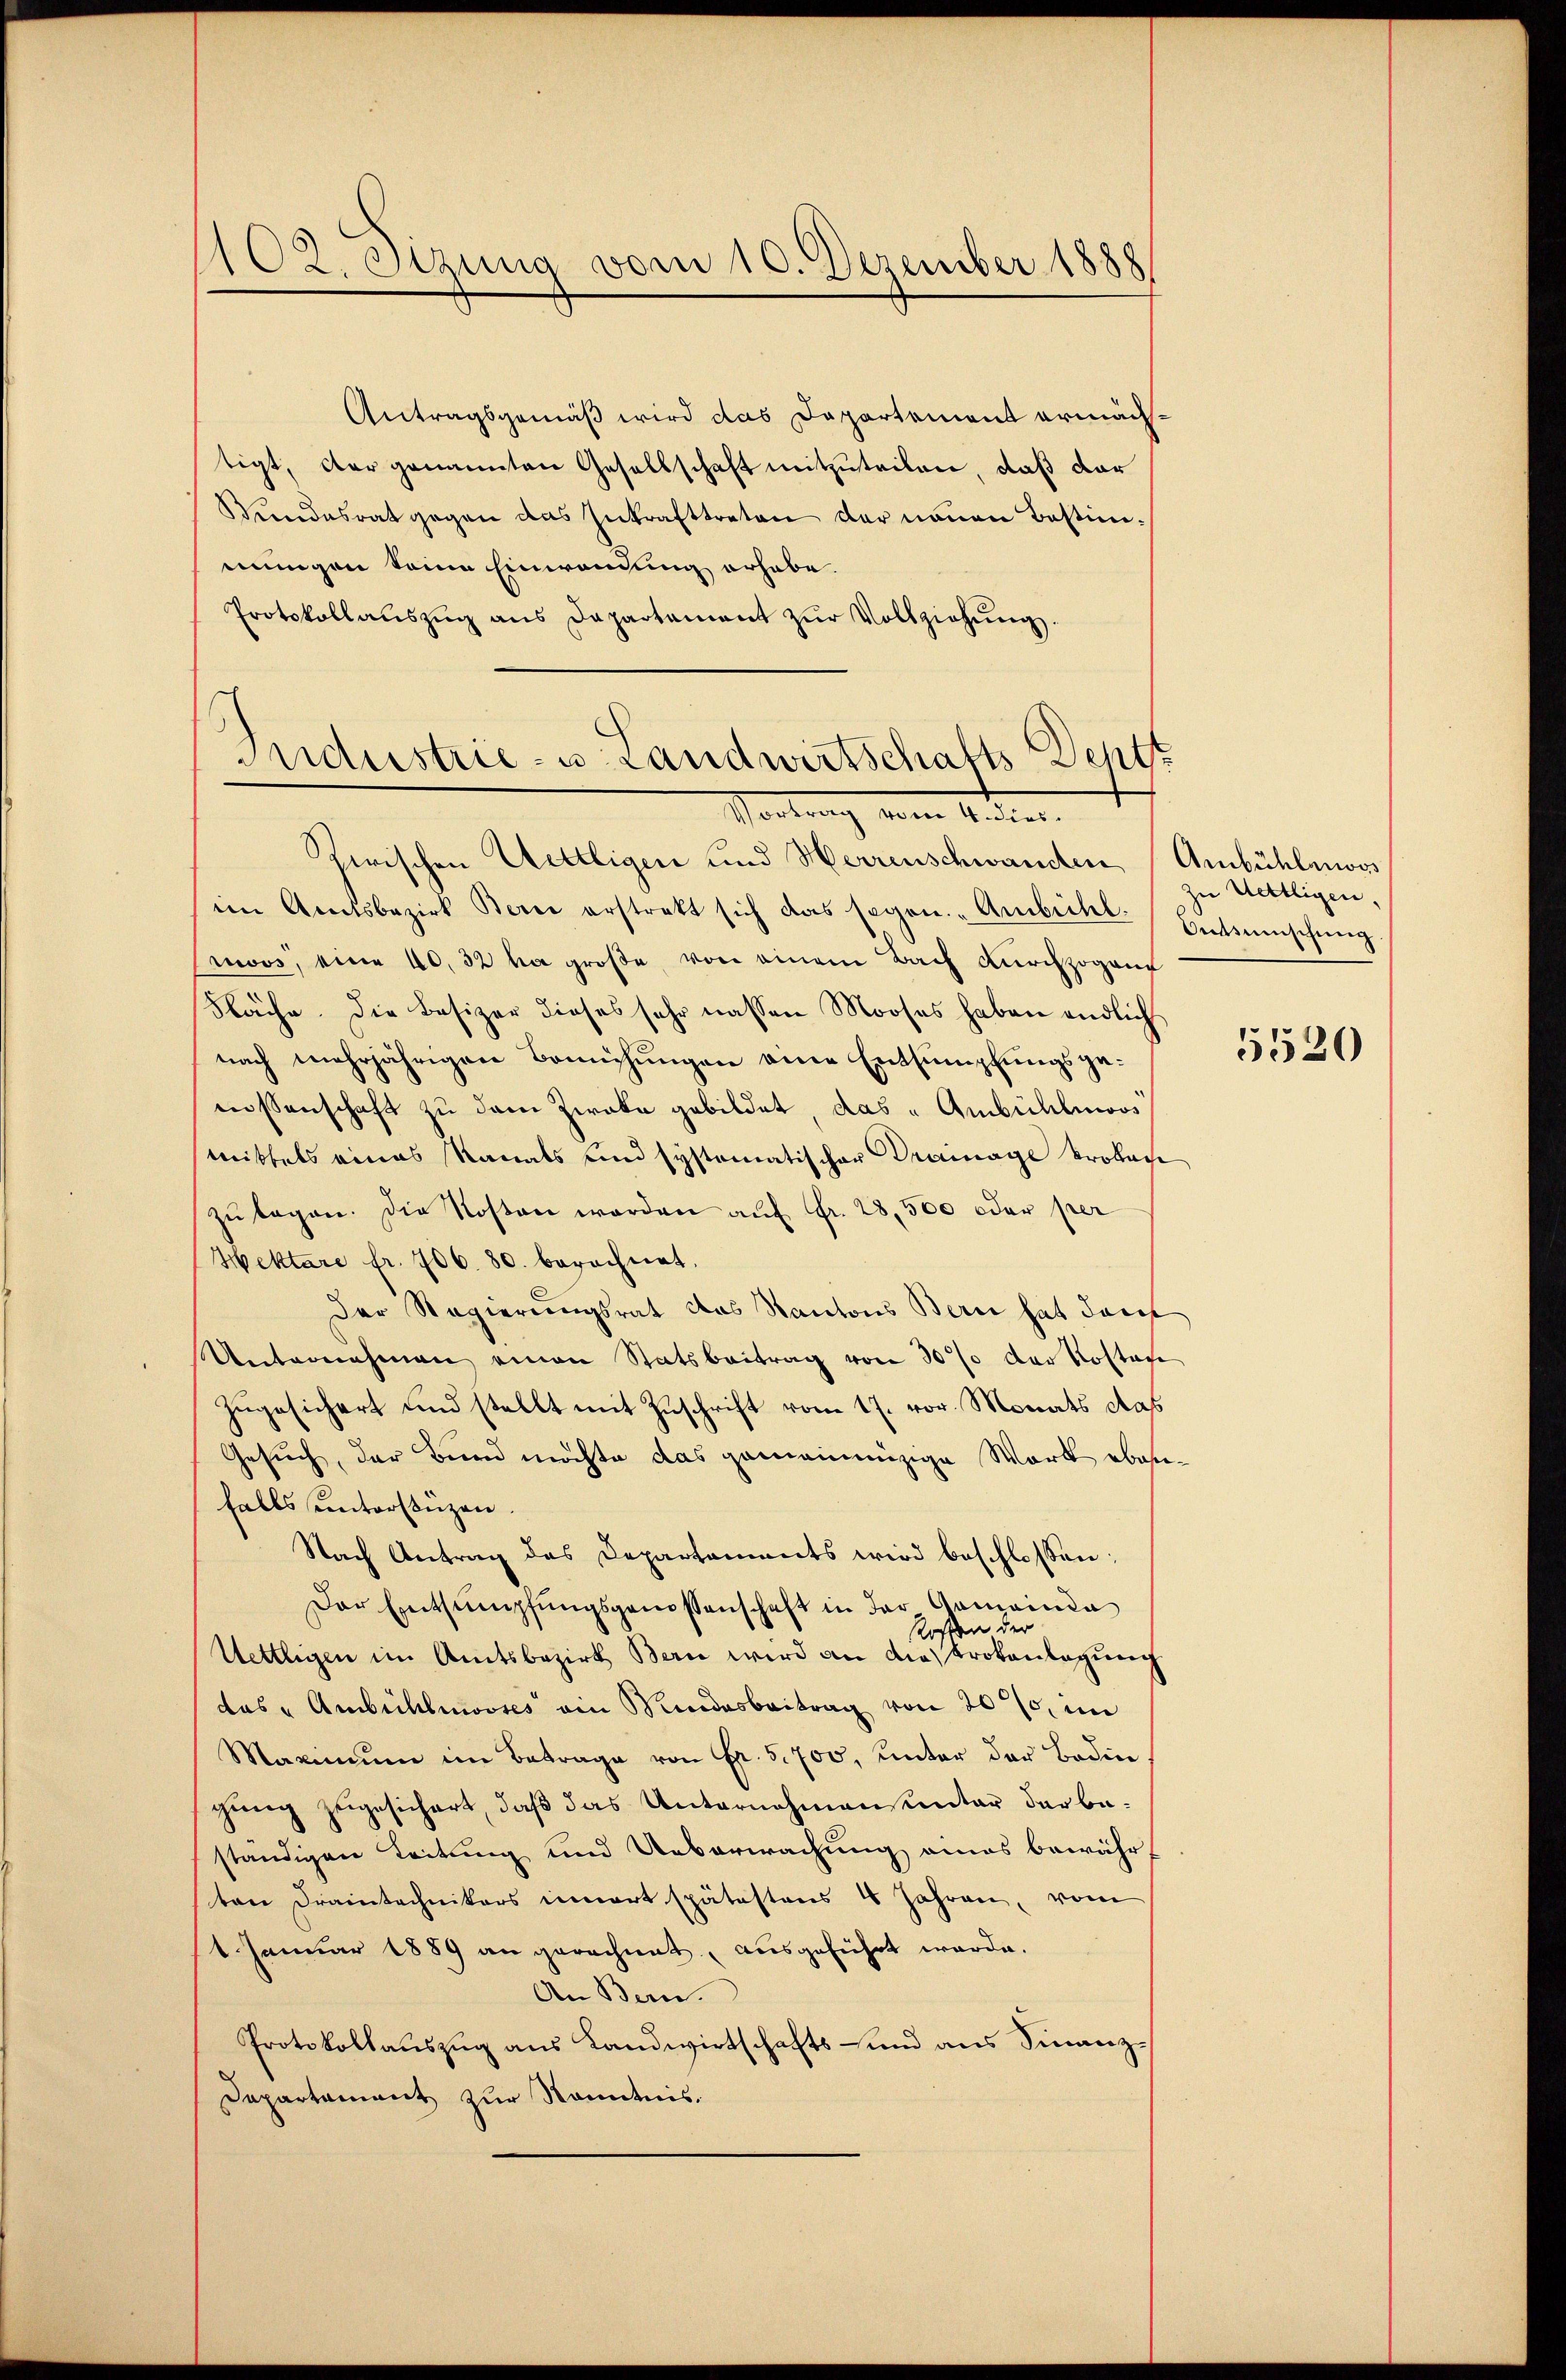
102. Sitzung vom 10. Dezember 1888

Antragsgemäß wird das Departement ermächtigt, der genannten Gesellschaft mitzuteilen, daß dar
Wundesrat gegen das Inkrafttreten der neuen Bestimmungen keine Einwendung erhabe.
Protokollaŭszŭg ans Departament zŭr Vollziehŭng.

Industrie- u. Landwirtschafts-Dentt
Vortrag vom Aner

Rerischen Wettligen und Herrenschwanden Ambühlungs
im Amtsbezirk Bern erstrekt sich das sagen. Ambeitel. Entschŭng.
moos, eine 40, 32 ha große, von einem Bach durchzogen
Näche. Die Besizer dieses sehr nassen Mooses haben endlich
nach mehrjährigen Bemühungen einer Entsumpfungsgemossenschaft zu dem Zweka gebildet, das "Ambühlmoos
mittels eines Kanals und systematischer Drainage krokoche
zŭlagen. Die Kosten werden auf Fr. 28,500 oder per
Hektare fr. 706. 80. berechnet,
Der Regierungsrat das Kantons Bern hat darf
Unternehmen einen Statsbeitrag von 30% der Kosten
zugesichert und stellt mit Zuschrift vom 17. vor. Monats das
Gesuch, der Bund möchte das gemeinnüzige Wort ebenfalls unterstüzen.
Nach Antrag des Departements wird beschlossen:
Der Entsumpfungsgenossenschaft in der Gemeinde
Rossen der
Uettlegen im Amtsbezirk Bern wird an dies trokenlagung
das "Ambichlosses ein Rindesbeitrag von 20%, im
Marinium im Betrage von Fr. 5. 700, unter der Boden
gung zugesichert, daß das Unternehmensunter der beständigen Leitung und Ueberwachung eines bewährten Draintechnikers innert spätestens 4 Jahren, vom
1. Januar 1889 an gerechnet, ausgeführt werde.
An Bern.
Protokollauszug aus Landwirtschafts- und aus Finanz¬
Dapartament zur Kenntnis.

zu Uetligen,

5520